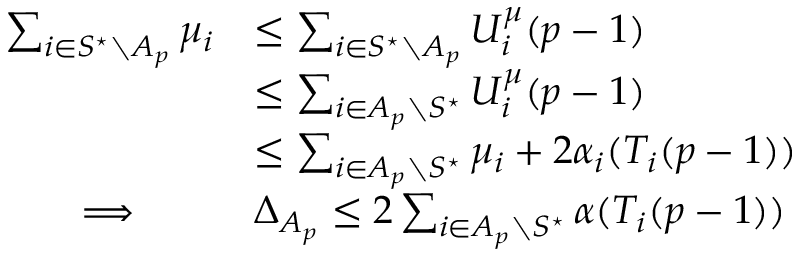
\begin{array} { r l } { \sum _ { i \in S ^ { \star } \setminus A _ { p } } \mu _ { i } } & { \leq \sum _ { i \in S ^ { \star } \setminus A _ { p } } U _ { i } ^ { \mu } ( p - 1 ) } \\ & { \leq \sum _ { i \in A _ { p } \setminus S ^ { \star } } U _ { i } ^ { \mu } ( p - 1 ) } \\ & { \leq \sum _ { i \in A _ { p } \setminus S ^ { \star } } \mu _ { i } + 2 \alpha _ { i } ( T _ { i } ( p - 1 ) ) } \\ { \Longrightarrow \qquad } & { \Delta _ { A _ { p } } \leq 2 \sum _ { i \in A _ { p } \setminus S ^ { \star } } \alpha ( T _ { i } ( p - 1 ) ) } \end{array}